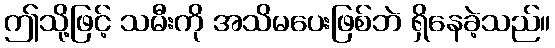
ဤသို့ဖြင့် သမီးကို အသိမပေးဖြစ်ဘဲ ရှိနေခဲ့သည်။